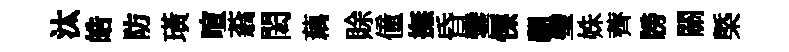
汰皓防璜喧蓊閎藕賖僮撫昏鑾慄翮璧姝薺牓關㮣